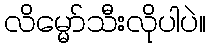
လိမ္မော်သီးလိုပါပဲ။